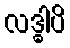
လဒ္ဓါပိ